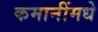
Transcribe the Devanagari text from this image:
कमानींमधे